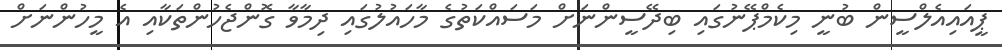
ޕީއައިއެލްސީން ބުނީ މިކެމްޕޭނުގައި ބިދޭސީންނަށް މަސައްކަތުގެ މާހައުލުގައި ދިމާވާ ގޮންޖެހުންތަކާއި އެ މީހުންނަށް